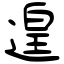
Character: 遑